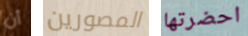
أن المصورين احضرتها